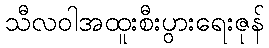
သီလဝါအထူးစီးပွားရေးဇုန်